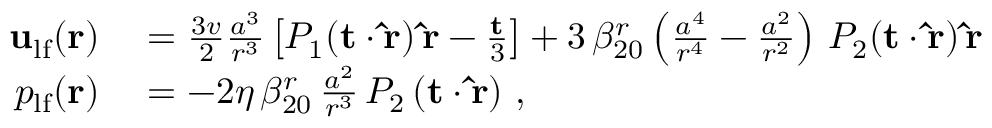
\begin{array} { r l } { { \bf u } _ { \mathrm { l f } } ( { \bf r } ) } & { { } = \frac { 3 v } { 2 } \frac { a ^ { 3 } } { r ^ { 3 } } \left[ P _ { 1 } ( { \bf t } \cdot { \bf \hat { r } } ) \, { \bf \hat { r } } - \frac { \bf t } { 3 } \right] + 3 \, \beta _ { 2 0 } ^ { r } \left( \frac { a ^ { 4 } } { r ^ { 4 } } - \frac { a ^ { 2 } } { r ^ { 2 } } \right) \, P _ { 2 } ( { \bf t } \cdot { \bf \hat { r } } ) \, { \bf \hat { r } } } \\ { p _ { \mathrm { l f } } ( { \bf r } ) } & { { } = - 2 \eta \, \beta _ { 2 0 } ^ { r } \, \frac { a ^ { 2 } } { r ^ { 3 } } \, P _ { 2 } \left( { \bf t } \cdot { \bf \hat { r } } \right) \, , } \end{array}